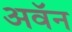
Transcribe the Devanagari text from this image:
अवॅन